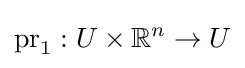
\mathrm {pr} _{1}:U\times \mathbb {R} ^{n}\to U